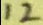
1 2